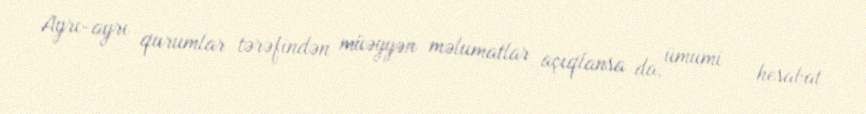
Ayrı-ayrı qurumlar tərəfindən müəyyən məlumatlar açıqlansa da, ümumi - hesabat